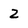
Character: 2